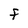
Character: F